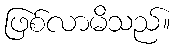
ဖြစ်လာမိသည်။